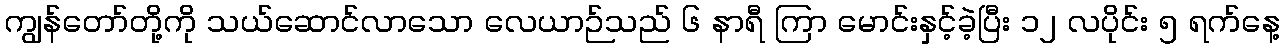
ကျွန်တော်တို့ကို သယ်ဆောင်လာသော လေယာဉ်သည် ၆ နာရီ ကြာ မောင်းနှင့်ခဲ့ပြီး ၁၂ လပိုင်း ၅ ရက်နေ့